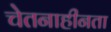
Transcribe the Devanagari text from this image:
चेतनाहीनता